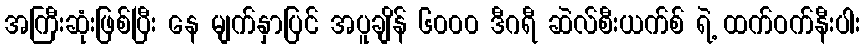
အကြီးဆုံးဖြစ်ပြီး နေ မျက်နှာပြင် အပူချိန် ၆၀၀၀ ဒီဂရီ ဆဲလ်စီးယက်စ် ရဲ့ ထက်ဝက်နီးပါး